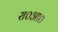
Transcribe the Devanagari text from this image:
रा०आ०